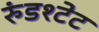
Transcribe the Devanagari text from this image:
रुंडश्टेट